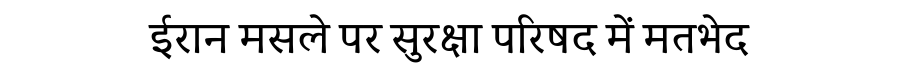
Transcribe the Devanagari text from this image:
ईरान मसले पर सुरक्षा परिषद में मतभेद